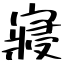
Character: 寢